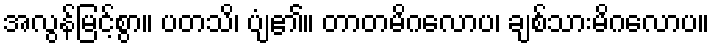
အလွန်မြင့်စွာ။ ပတသိ၊ ပျံ၏။ တာတမိဂလောပ၊ ချစ်သားမိဂလောပ။